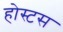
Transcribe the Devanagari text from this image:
होस्टस